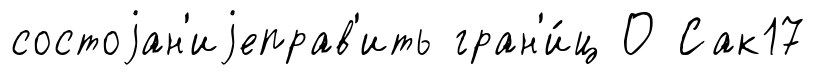
состоjан'иjеправ'ить гран'и́ц О Сак17